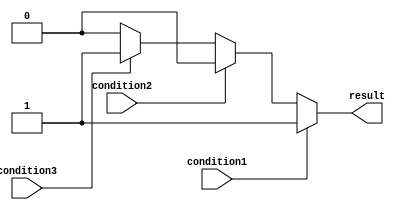
module if_else_ladder_statement (
    input wire condition1,
    input wire condition2,
    input wire condition3,
    output reg result
);

always @* begin
   if (condition1) begin
      result = 1;
   end else if (condition2) begin
      result = 2;
   end else if (condition3) begin
      result = 3;
   end else begin
      result = 0;
   end
end

endmodule